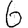
Digit: 6